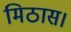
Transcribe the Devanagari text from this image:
मिठास।